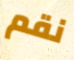
نقم